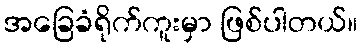
အခြေခံရိုက်ကူးမှာ ဖြစ်ပါတယ်။